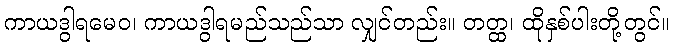
ကာယဒွါရမေဝ၊ ကာယဒွါရမည်သည်သာ လျှင်တည်း။ တတ္ထ၊ ထိုနှစ်ပါးတို့တွင်။